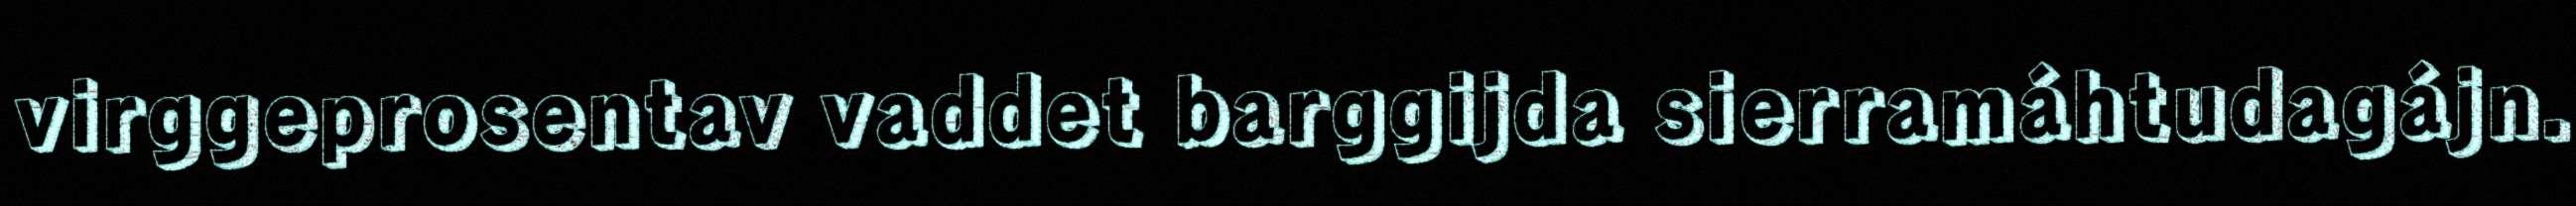
virggeprosentav vaddet barggijda sierramáhtudagájn.